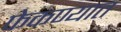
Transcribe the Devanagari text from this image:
फेकण्यात